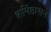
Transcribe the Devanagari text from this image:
शर्मिष्ठासन